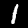
Label: 1